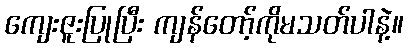
ကျေးဇူးပြုပြီး ကျန်တော့်ကိုမသတ်ပါနဲ့။